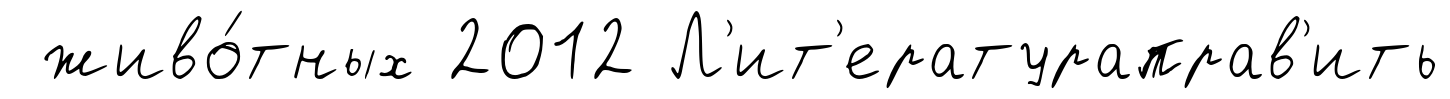
живо́тных 2012 Л'ит'ератураправ'ить